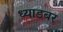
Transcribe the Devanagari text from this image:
ध्याडबर